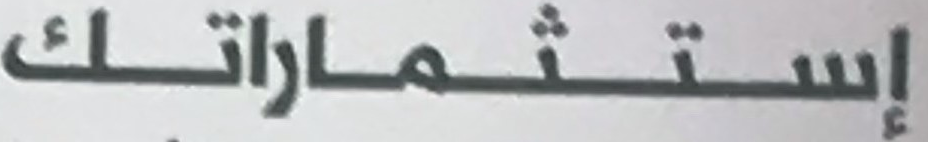
إستشماراتك